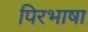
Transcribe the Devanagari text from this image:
पिरभाषा